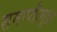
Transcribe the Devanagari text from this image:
समाप्तीमुद्रा